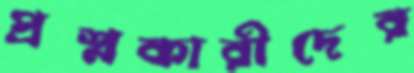
প্রশ্নকারীদের